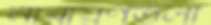
নারায়ণতলা